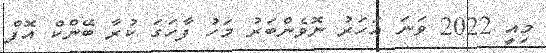
މިއީ 2022 ވަނަ އަހަރު ނޮވެންބަރު މަހު ފާހަގަ ކުރާ ބޭންކް އޮފް